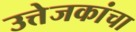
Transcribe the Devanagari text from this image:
उत्तेजकांचा